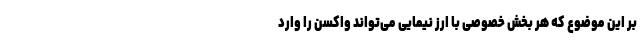
بر این موضوع که هر بخش خصوصی با ارز نیمایی می‌تواند واکسن را وارد